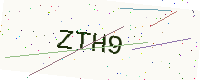
Text: ZTH9